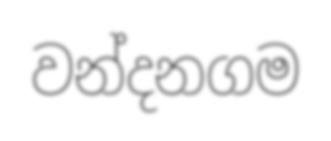
වන්දනගම